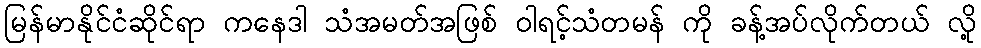
မြန်မာနိုင်ငံဆိုင်ရာ ကနေဒါ သံအမတ်အဖြစ် ဝါရင့်သံတမန် ကို ခန့်အပ်လိုက်တယ် လို့